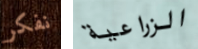
نفكر الزراعية